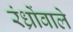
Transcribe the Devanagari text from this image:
रंध्रोंवाले